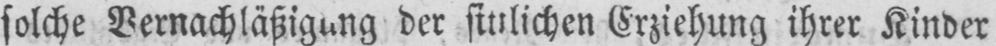
solche Vernachlässigung der sittlichen Erziehung ihrer Kinder